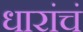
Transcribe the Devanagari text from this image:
धारांचं